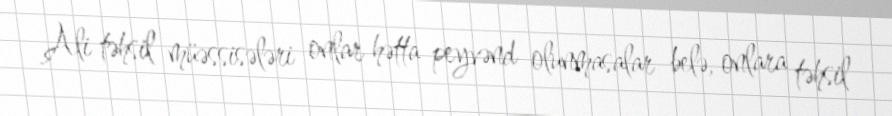
Ali təhsil müəssisələri onlar hətta peyvənd olunmasalar belə, onlara təhsil